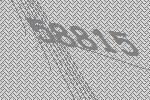
58815